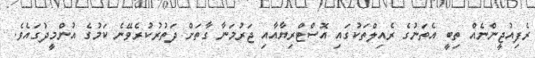
ރެފިއުޖީންނެއް ތިބީ އެތަނުގެ ރެއިލްތަކުގައި އޮސްޓްރިޔާއާއި ޖަރުމަނާ ގާތަށް ދަތުރުކުރެވޭނެ ކަމުގެ އުންމީދުގައެވެ.